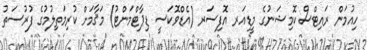
ހިއުމަން ރައިޓްސް ކޮމިޝަނުގެ މީޑިއަރ އޮފިސަރ (އެޑްވޮކަސީ ޑިޕާޓްމަންޓު) މަޤާމަށް ކުރިމަތިލުމުގެ ފުރުސަތު